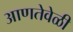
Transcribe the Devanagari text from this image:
आणतेवेळी